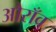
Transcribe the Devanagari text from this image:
औराँव